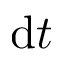
\mathrm { d } t